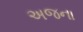
અજના